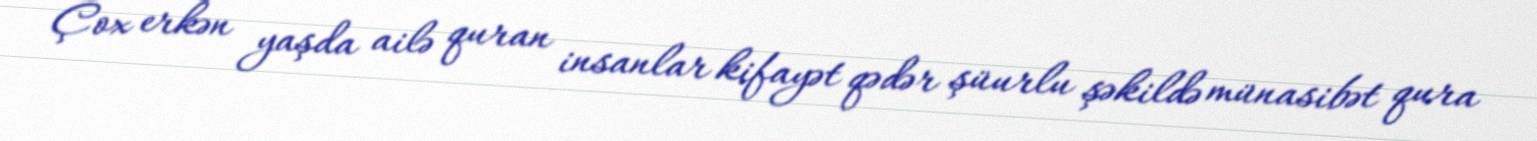
Çox erkən yaşda ailə quran insanlar kifayət qədər şüurlu şəkildə münasibət qura